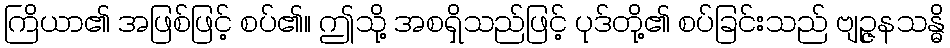
ကြိယာ၏ အဖြစ်ဖြင့် စပ်၏။ ဤသို့ အစရှိသည်ဖြင့် ပုဒ်တို့၏ စပ်ခြင်းသည် ဗျဉ္ဇနသန္ဓိ